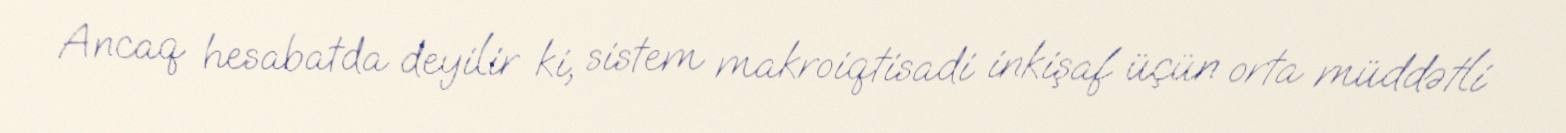
Ancaq hesabatda deyilir ki, sistem makroiqtisadi inkişaf üçün orta müddətli